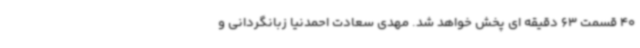
40 قسمت 63 دقیقه ای پخش خواهد شد. مهدی سعادت احمدنیا زبانگردانی و